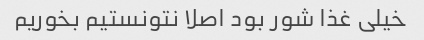
خیلی غذا شور بود اصلا نتونستیم بخوریم